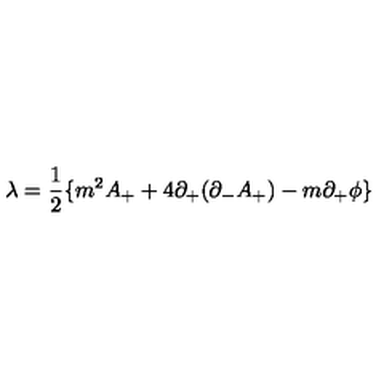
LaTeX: { \lambda } = \frac { 1 } { 2 } \{ m ^ { 2 } A _ { + } + 4 { \partial } _ { + } ( { \partial } _ { - } A _ { + } ) - m { \partial } _ { + } { \phi } \}